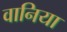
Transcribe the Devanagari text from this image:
वानिया